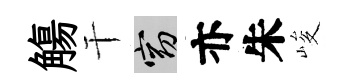
觴干窈亦朱峻